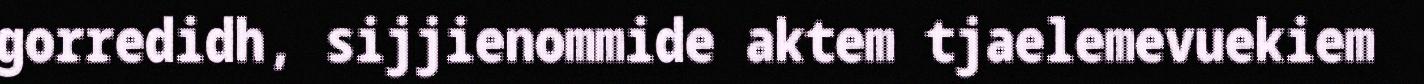
gorredidh, sijjienommide aktem tjaelemevuekiem